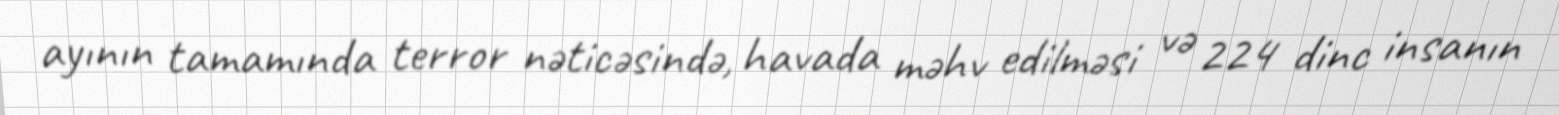
ayının tamamında terror nəticəsində, havada məhv edilməsi və 224 dinc insanın